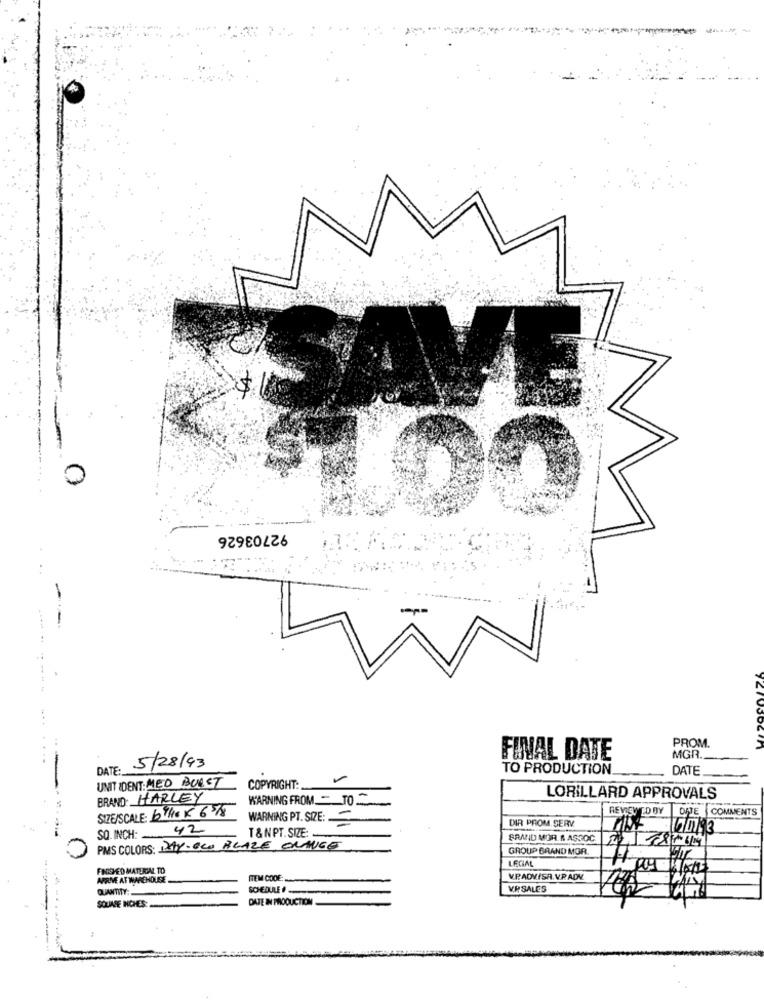
0
92703626
-
PROM.
FINAL DATE
MGR.
DATE: 5/28/93
TO PRODUCTION.
DATE
UMIT IDENT: MED BURST
COPYRIGHT:
BRAND: HARLEY
WARNING FROM - TO
LORILLARD APPROVALS
SIZE/SCALE: 61/10 x 65/
REVIEWEDBY DATE COMMENTS
WARNING PT. SIZE:
DIR PROM SERV.
SO. INCH: 42
T &NPT.SIZE :-
SRAND MOR.& ASSOC
PMS COLORS: DAY-ECO PLAZE, ORANGE
GROUP BRAND MOR.
LECIAL
FINISHED MATERIAL TO
ARRIVE AT WAREHOUSE
ITEM CODE:
V.P.AOVISA. VR ADV.
QUANTITY:
SCHEDULE !
VP SALES
DATE IN PRODUCTION
SOLINE HOHES: